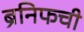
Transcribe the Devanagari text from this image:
ब्रॅनिफची